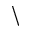
\backslash